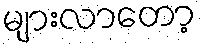
များလာတော့